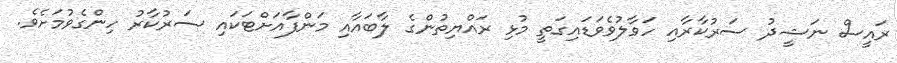
ރައީސް ނަޝީދު ސަރުކާރާއި ހަވާލުވެވަޑައިގަތީ މުޅި ރައްޔިތުންގެ ލާބައާއި މަންފާއަށްޓަކައި ސަރުކާރު ހިންގެވުމަށެވެ.